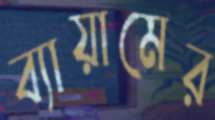
ব্যায়ামের